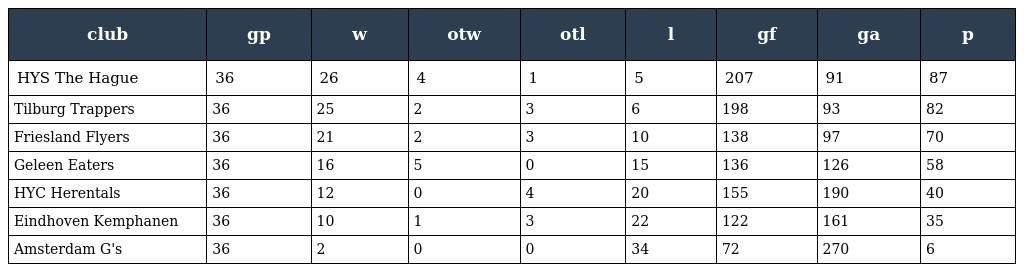
| club | gp | w | otw | otl | l | gf | ga | p |
 | --- | --- | --- | --- | --- | --- | --- | --- | --- |
 | HYS The Hague | 36 | 26 | 4 | 1 | 5 | 207 | 91 | 87 |
 | Tilburg Trappers | 36 | 25 | 2 | 3 | 6 | 198 | 93 | 82 |
 | Friesland Flyers | 36 | 21 | 2 | 3 | 10 | 138 | 97 | 70 |
 | Geleen Eaters | 36 | 16 | 5 | 0 | 15 | 136 | 126 | 58 |
 | HYC Herentals | 36 | 12 | 0 | 4 | 20 | 155 | 190 | 40 |
 | Eindhoven Kemphanen | 36 | 10 | 1 | 3 | 22 | 122 | 161 | 35 |
 | Amsterdam G's | 36 | 2 | 0 | 0 | 34 | 72 | 270 | 6 |